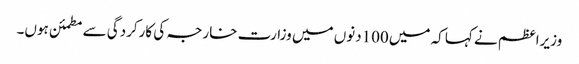
وزیراعظم نے کہا کہ میں100دنوں میں وزارت خارجہ کی کارکردگی سے مطمئن ہوں۔